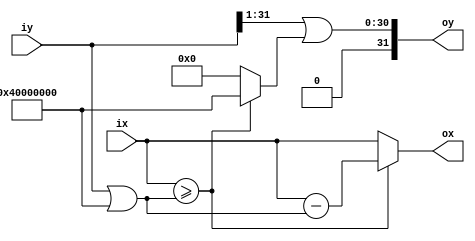
// This program was cloned from: https://github.com/RomeoMe5/DDLM
// License: MIT License

module isqrt_slice_comb
(
    input  [31:0] ix,
    input  [31:0] iy,
    output [31:0] ox,
    output [31:0] oy
);

    parameter [31:0] m = 32'h4000_0000;

    wire [31:0] b      = iy | m;
    wire        x_ge_b = ix >= b;

    assign ox = x_ge_b ? ix - b : ix;
    assign oy = (iy >> 1) | (x_ge_b ? m : 0);

endmodule